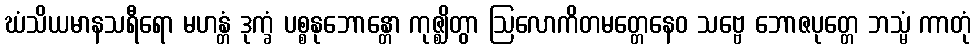
ဃံသိယမာနသရီရော မဟန္တံ ဒုက္ခံ ပစ္စနုဘောန္တော ကုဇ္ဈိတွာ ဩလောကိတမတ္တေနေဝ သဗ္ဗေ ဘောဇပုတ္တေ ဘသ္မံ ကာတုံ